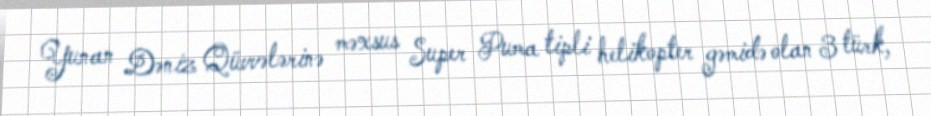
Yunan Dəniz Qüvvələrinə məxsus Super Puma tipli helikopter gəmidə olan 3 türk,